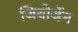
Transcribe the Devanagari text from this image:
जियोर्जेन